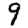
Digit: 9